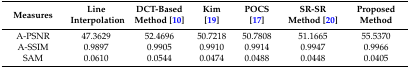
<table><thead><tr><td><b>Measures</b></td><td><b>Line Interpolation</b></td><td><b>DCT-Based Method [10]</b></td><td><b>Kim [19]</b></td><td><b>POCS [17]</b></td><td><b>SR-SR Method [20]</b></td><td><b>Proposed Method</b></td></tr></thead><tbody><tr><td>A-PSNR</td><td>47.3629</td><td>52.4696</td><td>50.7218</td><td>50.7808</td><td>51.1665</td><td>55.5370</td></tr><tr><td>A-SSIM</td><td>0.9897</td><td>0.9905</td><td>0.9910</td><td>0.9914</td><td>0.9947</td><td>0.9966</td></tr><tr><td>SAM</td><td>0.0610</td><td>0.0544</td><td>0.0474</td><td>0.0488</td><td>0.0448</td><td>0.0405</td></tr></tbody></table>